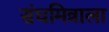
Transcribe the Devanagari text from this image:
संघमित्राला